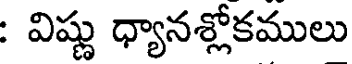
: విష్ణు ధ్యానశ్లోకములు